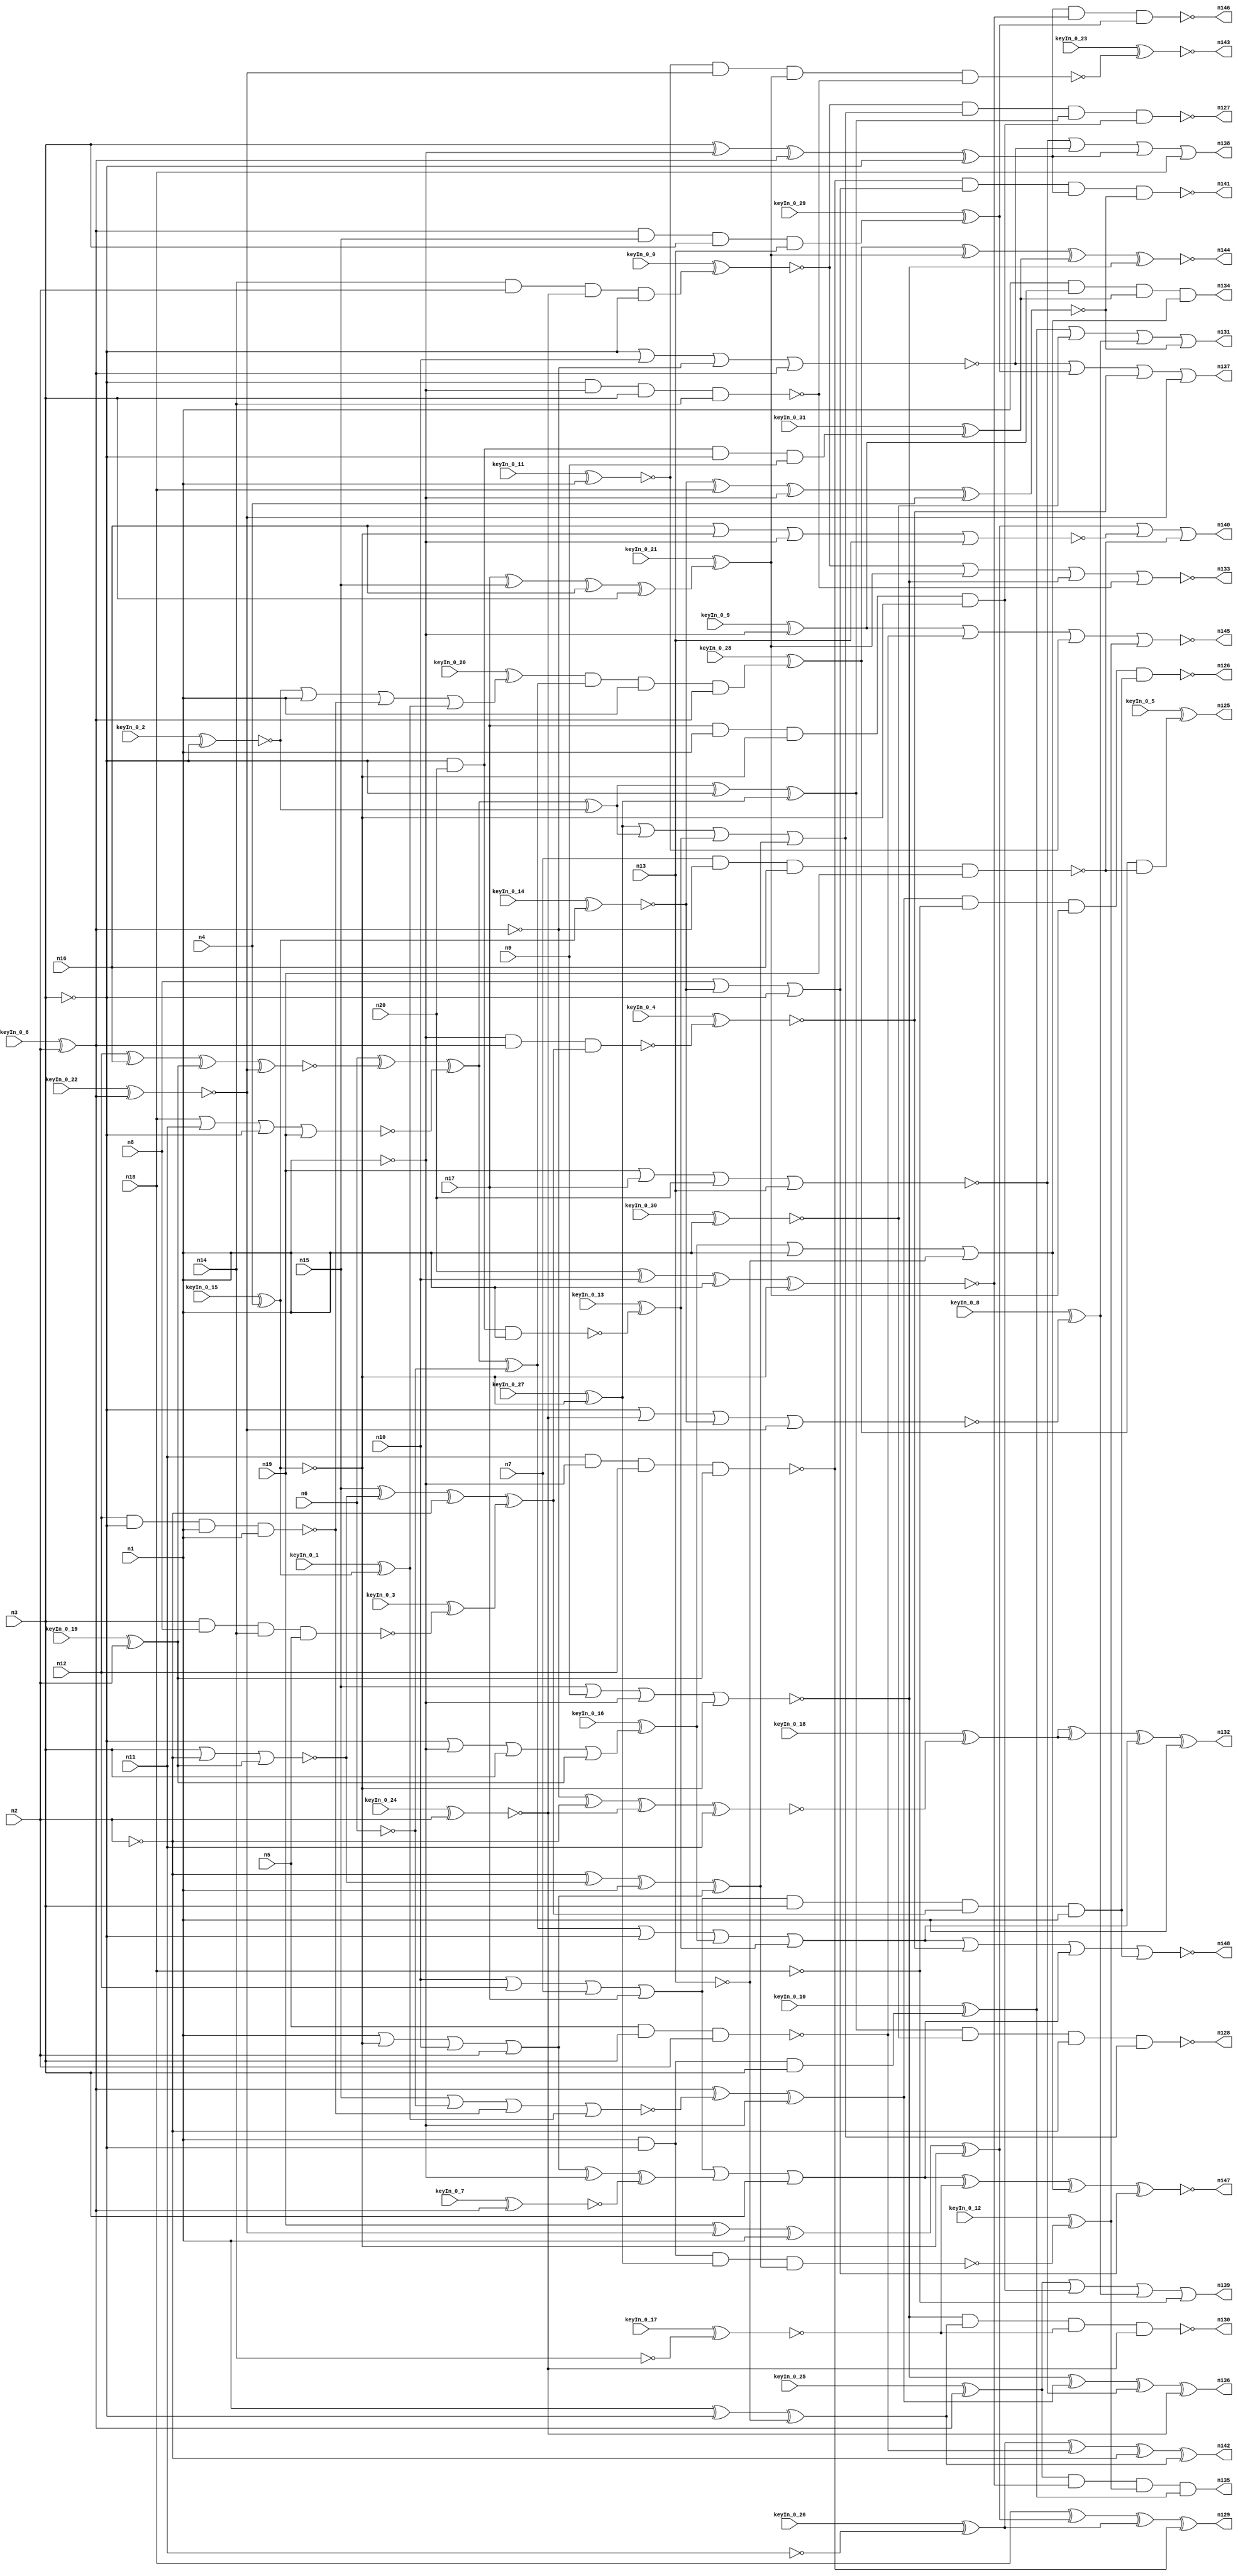


module Stat_128_636
(
  n1,
  n2,
  n3,
  n4,
  n5,
  n6,
  n7,
  n8,
  n9,
  n10,
  n11,
  n12,
  n13,
  n14,
  n15,
  n16,
  n17,
  n18,
  n19,
  n20,
  n144,
  n135,
  n134,
  n129,
  n126,
  n147,
  n138,
  n136,
  n139,
  n140,
  n125,
  n137,
  n146,
  n142,
  n132,
  n127,
  n130,
  n143,
  n145,
  n133,
  n141,
  n148,
  n131,
  n128,
  keyIn_0_0,
  keyIn_0_1,
  keyIn_0_2,
  keyIn_0_3,
  keyIn_0_4,
  keyIn_0_5,
  keyIn_0_6,
  keyIn_0_7,
  keyIn_0_8,
  keyIn_0_9,
  keyIn_0_10,
  keyIn_0_11,
  keyIn_0_12,
  keyIn_0_13,
  keyIn_0_14,
  keyIn_0_15,
  keyIn_0_16,
  keyIn_0_17,
  keyIn_0_18,
  keyIn_0_19,
  keyIn_0_20,
  keyIn_0_21,
  keyIn_0_22,
  keyIn_0_23,
  keyIn_0_24,
  keyIn_0_25,
  keyIn_0_26,
  keyIn_0_27,
  keyIn_0_28,
  keyIn_0_29,
  keyIn_0_30,
  keyIn_0_31
);

  input n1;input n2;input n3;input n4;input n5;input n6;input n7;input n8;input n9;input n10;input n11;input n12;input n13;input n14;input n15;input n16;input n17;input n18;input n19;input n20;input keyIn_0_0;input keyIn_0_1;input keyIn_0_2;input keyIn_0_3;input keyIn_0_4;input keyIn_0_5;input keyIn_0_6;input keyIn_0_7;input keyIn_0_8;input keyIn_0_9;input keyIn_0_10;input keyIn_0_11;input keyIn_0_12;input keyIn_0_13;input keyIn_0_14;input keyIn_0_15;input keyIn_0_16;input keyIn_0_17;input keyIn_0_18;input keyIn_0_19;input keyIn_0_20;input keyIn_0_21;input keyIn_0_22;input keyIn_0_23;input keyIn_0_24;input keyIn_0_25;input keyIn_0_26;input keyIn_0_27;input keyIn_0_28;input keyIn_0_29;input keyIn_0_30;input keyIn_0_31;
  output n144;output n135;output n134;output n129;output n126;output n147;output n138;output n136;output n139;output n140;output n125;output n137;output n146;output n142;output n132;output n127;output n130;output n143;output n145;output n133;output n141;output n148;output n131;output n128;
  wire n21;wire n22;wire n23;wire n24;wire n25;wire n26;wire n27;wire n28;wire n29;wire n30;wire n31;wire n32;wire n33;wire n34;wire n35;wire n36;wire n37;wire n38;wire n39;wire n40;wire n41;wire n42;wire n43;wire n44;wire n45;wire n46;wire n47;wire n48;wire n49;wire n50;wire n51;wire n52;wire n53;wire n54;wire n55;wire n56;wire n57;wire n58;wire n59;wire n60;wire n61;wire n62;wire n63;wire n64;wire n65;wire n66;wire n67;wire n68;wire n69;wire n70;wire n71;wire n72;wire n73;wire n74;wire n75;wire n76;wire n77;wire n78;wire n79;wire n80;wire n81;wire n82;wire n83;wire n84;wire n85;wire n86;wire n87;wire n88;wire n89;wire n90;wire n91;wire n92;wire n93;wire n94;wire n95;wire n96;wire n97;wire n98;wire n99;wire n100;wire n101;wire n102;wire n103;wire n104;wire n105;wire n106;wire n107;wire n108;wire n109;wire n110;wire n111;wire n112;wire n113;wire n114;wire n115;wire n116;wire n117;wire n118;wire n119;wire n120;wire n121;wire n122;wire n123;wire n124;wire KeyWire_0_0;wire KeyWire_0_1;wire KeyWire_0_2;wire KeyWire_0_3;wire KeyWire_0_4;wire KeyWire_0_5;wire KeyWire_0_6;wire KeyNOTWire_0_6;wire KeyWire_0_7;wire KeyWire_0_8;wire KeyNOTWire_0_8;wire KeyWire_0_9;wire KeyWire_0_10;wire KeyWire_0_11;wire KeyNOTWire_0_11;wire KeyWire_0_12;wire KeyWire_0_13;wire KeyNOTWire_0_13;wire KeyWire_0_14;wire KeyNOTWire_0_14;wire KeyWire_0_15;wire KeyWire_0_16;wire KeyNOTWire_0_16;wire KeyWire_0_17;wire KeyWire_0_18;wire KeyWire_0_19;wire KeyWire_0_20;wire KeyNOTWire_0_20;wire KeyWire_0_21;wire KeyWire_0_22;wire KeyWire_0_23;wire KeyWire_0_24;wire KeyNOTWire_0_24;wire KeyWire_0_25;wire KeyWire_0_26;wire KeyWire_0_27;wire KeyNOTWire_0_27;wire KeyWire_0_28;wire KeyWire_0_29;wire KeyWire_0_30;wire KeyWire_0_31;wire KeyNOTWire_0_31;

  buf
  g0
  (
    n24,
    n2
  );


  buf
  g1
  (
    n25,
    n3
  );


  not
  g2
  (
    n27,
    n1
  );


  buf
  g3
  (
    KeyWire_0_15,
    n4
  );


  buf
  g4
  (
    KeyWire_0_6,
    n2
  );


  not
  g5
  (
    n22,
    n1
  );


  buf
  g6
  (
    n26,
    n3
  );


  not
  g7
  (
    n41,
    n27
  );


  buf
  g8
  (
    KeyWire_0_27,
    n21
  );


  buf
  g9
  (
    n32,
    n22
  );


  buf
  g10
  (
    n47,
    n25
  );


  buf
  g11
  (
    n31,
    n25
  );


  buf
  g12
  (
    KeyWire_0_19,
    n24
  );


  not
  g13
  (
    n34,
    n26
  );


  not
  g14
  (
    n51,
    n22
  );


  not
  g15
  (
    n33,
    n22
  );


  not
  g16
  (
    n38,
    n24
  );


  not
  g17
  (
    n35,
    n26
  );


  buf
  g18
  (
    n29,
    n27
  );


  not
  g19
  (
    n28,
    n27
  );


  buf
  g20
  (
    n52,
    n26
  );


  not
  g21
  (
    n50,
    n25
  );


  not
  g22
  (
    n43,
    n25
  );


  not
  g23
  (
    KeyWire_0_22,
    n23
  );


  not
  g24
  (
    n48,
    n26
  );


  buf
  g25
  (
    KeyWire_0_24,
    n24
  );


  buf
  g26
  (
    n46,
    n21
  );


  buf
  g27
  (
    n36,
    n24
  );


  buf
  g28
  (
    n44,
    n21
  );


  not
  g29
  (
    n39,
    n23
  );


  not
  g30
  (
    KeyWire_0_14,
    n21
  );


  buf
  g31
  (
    n40,
    n23
  );


  not
  g32
  (
    n54,
    n23
  );


  not
  g33
  (
    n53,
    n22
  );


  not
  g34
  (
    n80,
    n18
  );


  buf
  g35
  (
    n62,
    n6
  );


  not
  g36
  (
    n69,
    n41
  );


  buf
  g37
  (
    KeyWire_0_25,
    n39
  );


  not
  g38
  (
    KeyWire_0_1,
    n44
  );


  not
  g39
  (
    n64,
    n6
  );


  not
  g40
  (
    KeyWire_0_17,
    n14
  );


  buf
  g41
  (
    KeyWire_0_2,
    n43
  );


  buf
  g42
  (
    n79,
    n37
  );


  buf
  g43
  (
    n58,
    n15
  );


  not
  g44
  (
    KeyWire_0_7,
    n40
  );


  buf
  g45
  (
    n76,
    n42
  );


  not
  g46
  (
    n70,
    n13
  );


  buf
  g47
  (
    n66,
    n41
  );


  not
  g48
  (
    KeyWire_0_9,
    n33
  );


  not
  g49
  (
    n100,
    n29
  );


  not
  g50
  (
    n65,
    n36
  );


  buf
  g51
  (
    KeyWire_0_11,
    n33
  );


  not
  g52
  (
    KeyWire_0_26,
    n11
  );


  buf
  g53
  (
    n86,
    n38
  );


  buf
  g54
  (
    n78,
    n18
  );


  buf
  g55
  (
    KeyWire_0_30,
    n28
  );


  nand
  g56
  (
    n89,
    n5,
    n31,
    n36
  );


  nand
  g57
  (
    n95,
    n35,
    n32,
    n31,
    n14
  );


  nor
  g58
  (
    n85,
    n19,
    n17,
    n20,
    n13
  );


  xor
  g59
  (
    n102,
    n47,
    n29,
    n39,
    n35
  );


  xor
  g60
  (
    n101,
    n19,
    n42,
    n28,
    n46
  );


  nor
  g61
  (
    n84,
    n48,
    n10,
    n40,
    n39
  );


  nor
  g62
  (
    KeyWire_0_8,
    n34,
    n37,
    n45,
    n42
  );


  nand
  g63
  (
    n94,
    n11,
    n29,
    n12,
    n30
  );


  nand
  g64
  (
    KeyWire_0_13,
    n35,
    n34,
    n20,
    n33
  );


  nor
  g65
  (
    n88,
    n16,
    n46,
    n32,
    n13
  );


  nor
  g66
  (
    n63,
    n18,
    n11,
    n43,
    n19
  );


  and
  g67
  (
    KeyWire_0_31,
    n43,
    n20,
    n34,
    n9
  );


  xor
  g68
  (
    KeyWire_0_21,
    n17,
    n15,
    n16,
    n31
  );


  or
  g69
  (
    n73,
    n10,
    n12,
    n7,
    n17
  );


  and
  g70
  (
    KeyWire_0_0,
    n14,
    n36,
    n37,
    n43
  );


  or
  g71
  (
    n93,
    n8,
    n45,
    n35
  );


  xnor
  g72
  (
    n77,
    n20,
    n10,
    n41,
    n44
  );


  and
  g73
  (
    n87,
    n17,
    n28,
    n44,
    n46
  );


  and
  g74
  (
    KeyWire_0_29,
    n39,
    n15,
    n47,
    n13
  );


  or
  g75
  (
    KeyWire_0_16,
    n48,
    n29,
    n47,
    n30
  );


  nand
  g76
  (
    n56,
    n12,
    n34,
    n28,
    n41
  );


  nand
  g77
  (
    KeyWire_0_3,
    n31,
    n8,
    n14,
    n5
  );


  or
  g78
  (
    n67,
    n33,
    n46,
    n10,
    n36
  );


  nand
  g79
  (
    n104,
    n7,
    n40,
    n16,
    n19
  );


  xnor
  g80
  (
    n75,
    n45,
    n18,
    n32,
    n4
  );


  xnor
  g81
  (
    KeyWire_0_18,
    n40,
    n38,
    n37,
    n11
  );


  xnor
  g82
  (
    n57,
    n12,
    n16,
    n30,
    n42
  );


  nor
  g83
  (
    n60,
    n47,
    n38,
    n30
  );


  nor
  g84
  (
    n105,
    n15,
    n9,
    n32,
    n44
  );


  xor
  g85
  (
    n108,
    n62,
    n57,
    n63,
    n64
  );


  or
  g86
  (
    KeyWire_0_20,
    n59,
    n66,
    n56,
    n61
  );


  xor
  g87
  (
    n112,
    n65,
    n60,
    n66,
    n67
  );


  xor
  g88
  (
    n109,
    n58,
    n60,
    n65,
    n55
  );


  xor
  g89
  (
    n110,
    n57,
    n62,
    n63,
    n59
  );


  xor
  g90
  (
    n106,
    n67,
    n27,
    n68
  );


  nor
  g91
  (
    n111,
    n58,
    n64,
    n56,
    n61
  );


  and
  g92
  (
    n124,
    n73,
    n52,
    n109,
    n53
  );


  or
  g93
  (
    n119,
    n108,
    n50,
    n72,
    n71
  );


  or
  g94
  (
    n113,
    n49,
    n110,
    n71,
    n112
  );


  xor
  g95
  (
    n114,
    n54,
    n111,
    n69
  );


  nand
  g96
  (
    KeyWire_0_12,
    n51,
    n50,
    n49,
    n112
  );


  nand
  g97
  (
    KeyWire_0_4,
    n69,
    n54,
    n109
  );


  and
  g98
  (
    KeyWire_0_10,
    n51,
    n51,
    n50,
    n52
  );


  or
  g99
  (
    n122,
    n73,
    n106,
    n52
  );


  or
  g100
  (
    n116,
    n72,
    n53,
    n70
  );


  xor
  g101
  (
    n123,
    n53,
    n48,
    n70
  );


  xor
  g102
  (
    n117,
    n110,
    n50,
    n49
  );


  and
  g103
  (
    KeyWire_0_28,
    n107,
    n108,
    n51,
    n54
  );


  xnor
  g104
  (
    n147,
    n122,
    n82,
    n116,
    n93
  );


  nand
  g105
  (
    n141,
    n94,
    n93,
    n102,
    n75
  );


  nand
  g106
  (
    n130,
    n105,
    n123,
    n82,
    n79
  );


  nor
  g107
  (
    n148,
    n119,
    n118,
    n122,
    n124
  );


  or
  g108
  (
    n131,
    n115,
    n92,
    n90,
    n75
  );


  or
  g109
  (
    n138,
    n85,
    n84,
    n102,
    n78
  );


  nor
  g110
  (
    n145,
    n83,
    n89,
    n74,
    n120
  );


  xor
  g111
  (
    n136,
    n105,
    n114,
    n85,
    n79
  );


  xor
  g112
  (
    n129,
    n78,
    n101,
    n99,
    n94
  );


  nand
  g113
  (
    n146,
    n102,
    n102,
    n77,
    n97
  );


  xor
  g114
  (
    n142,
    n99,
    n89,
    n86,
    n123
  );


  nor
  g115
  (
    n133,
    n81,
    n103,
    n105,
    n95
  );


  and
  g116
  (
    n134,
    n100,
    n83,
    n98,
    n116
  );


  nand
  g117
  (
    n126,
    n114,
    n80,
    n103,
    n124
  );


  xor
  g118
  (
    n132,
    n96,
    n96,
    n119,
    n100
  );


  nand
  g119
  (
    n128,
    n117,
    n92,
    n86,
    n113
  );


  nand
  g120
  (
    KeyWire_0_23,
    n74,
    n76,
    n103,
    n95
  );


  and
  g121
  (
    n135,
    n91,
    n77,
    n120,
    n115
  );


  and
  g122
  (
    KeyWire_0_5,
    n121,
    n104
  );


  nand
  g123
  (
    n127,
    n81,
    n113,
    n117,
    n87
  );


  or
  g124
  (
    n137,
    n84,
    n97,
    n118,
    n76
  );


  or
  g125
  (
    n140,
    n101,
    n88,
    n104
  );


  xnor
  g126
  (
    n144,
    n121,
    n103,
    n98,
    n105
  );


  or
  g127
  (
    n139,
    n91,
    n87,
    n90,
    n80
  );


  xnor
  KeyGate_0_0
  (
    n81,
    keyIn_0_0,
    KeyWire_0_0
  );


  xor
  KeyGate_0_1
  (
    n61,
    keyIn_0_1,
    KeyWire_0_1
  );


  xnor
  KeyGate_0_2
  (
    n59,
    keyIn_0_2,
    KeyWire_0_2
  );


  xor
  KeyGate_0_3
  (
    n55,
    keyIn_0_3,
    KeyWire_0_3
  );


  xnor
  KeyGate_0_4
  (
    n118,
    keyIn_0_4,
    KeyWire_0_4
  );


  xor
  KeyGate_0_5
  (
    n125,
    keyIn_0_5,
    KeyWire_0_5
  );


  xor
  KeyGate_0_6
  (
    KeyNOTWire_0_6,
    keyIn_0_6,
    KeyWire_0_6
  );


  not
  KeyNOTGate_0_6
  (
    n23,
    KeyNOTWire_0_6
  );


  xnor
  KeyGate_0_7
  (
    n68,
    keyIn_0_7,
    KeyWire_0_7
  );


  xnor
  KeyGate_0_8
  (
    KeyNOTWire_0_8,
    keyIn_0_8,
    KeyWire_0_8
  );


  not
  KeyNOTGate_0_8
  (
    n90,
    KeyNOTWire_0_8
  );


  xor
  KeyGate_0_9
  (
    n83,
    keyIn_0_9,
    KeyWire_0_9
  );


  xor
  KeyGate_0_10
  (
    n115,
    keyIn_0_10,
    KeyWire_0_10
  );


  xor
  KeyGate_0_11
  (
    KeyNOTWire_0_11,
    keyIn_0_11,
    KeyWire_0_11
  );


  not
  KeyNOTGate_0_11
  (
    n74,
    KeyNOTWire_0_11
  );


  xor
  KeyGate_0_12
  (
    n120,
    keyIn_0_12,
    KeyWire_0_12
  );


  xnor
  KeyGate_0_13
  (
    KeyNOTWire_0_13,
    keyIn_0_13,
    KeyWire_0_13
  );


  not
  KeyNOTGate_0_13
  (
    n71,
    KeyNOTWire_0_13
  );


  xor
  KeyGate_0_14
  (
    KeyNOTWire_0_14,
    keyIn_0_14,
    KeyWire_0_14
  );


  not
  KeyNOTGate_0_14
  (
    n45,
    KeyNOTWire_0_14
  );


  xnor
  KeyGate_0_15
  (
    n21,
    keyIn_0_15,
    KeyWire_0_15
  );


  xnor
  KeyGate_0_16
  (
    KeyNOTWire_0_16,
    keyIn_0_16,
    KeyWire_0_16
  );


  not
  KeyNOTGate_0_16
  (
    n72,
    KeyNOTWire_0_16
  );


  xnor
  KeyGate_0_17
  (
    n82,
    keyIn_0_17,
    KeyWire_0_17
  );


  xor
  KeyGate_0_18
  (
    n96,
    keyIn_0_18,
    KeyWire_0_18
  );


  xor
  KeyGate_0_19
  (
    n30,
    keyIn_0_19,
    KeyWire_0_19
  );


  xnor
  KeyGate_0_20
  (
    KeyNOTWire_0_20,
    keyIn_0_20,
    KeyWire_0_20
  );


  not
  KeyNOTGate_0_20
  (
    n107,
    KeyNOTWire_0_20
  );


  xor
  KeyGate_0_21
  (
    n103,
    keyIn_0_21,
    KeyWire_0_21
  );


  xnor
  KeyGate_0_22
  (
    n42,
    keyIn_0_22,
    KeyWire_0_22
  );


  xnor
  KeyGate_0_23
  (
    n143,
    keyIn_0_23,
    KeyWire_0_23
  );


  xor
  KeyGate_0_24
  (
    KeyNOTWire_0_24,
    keyIn_0_24,
    KeyWire_0_24
  );


  not
  KeyNOTGate_0_24
  (
    n37,
    KeyNOTWire_0_24
  );


  xor
  KeyGate_0_25
  (
    n91,
    keyIn_0_25,
    KeyWire_0_25
  );


  xor
  KeyGate_0_26
  (
    n99,
    keyIn_0_26,
    KeyWire_0_26
  );


  xnor
  KeyGate_0_27
  (
    KeyNOTWire_0_27,
    keyIn_0_27,
    KeyWire_0_27
  );


  not
  KeyNOTGate_0_27
  (
    n49,
    KeyNOTWire_0_27
  );


  xor
  KeyGate_0_28
  (
    n121,
    keyIn_0_28,
    KeyWire_0_28
  );


  xor
  KeyGate_0_29
  (
    n97,
    keyIn_0_29,
    KeyWire_0_29
  );


  xnor
  KeyGate_0_30
  (
    n92,
    keyIn_0_30,
    KeyWire_0_30
  );


  xnor
  KeyGate_0_31
  (
    KeyNOTWire_0_31,
    keyIn_0_31,
    KeyWire_0_31
  );


  not
  KeyNOTGate_0_31
  (
    n98,
    KeyNOTWire_0_31
  );


endmodule